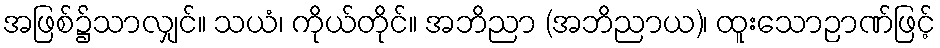
အဖြစ်၌သာလျှင်။ သယံ၊ ကိုယ်တိုင်။ အဘိညာ (အဘိညာယ)၊ ထူးသောဉာဏ်ဖြင့်